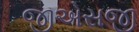
જીએસજી